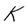
Character: K